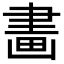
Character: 畵